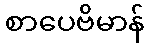
စာပေဗိမာန်